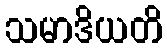
သမာဒိယတိ